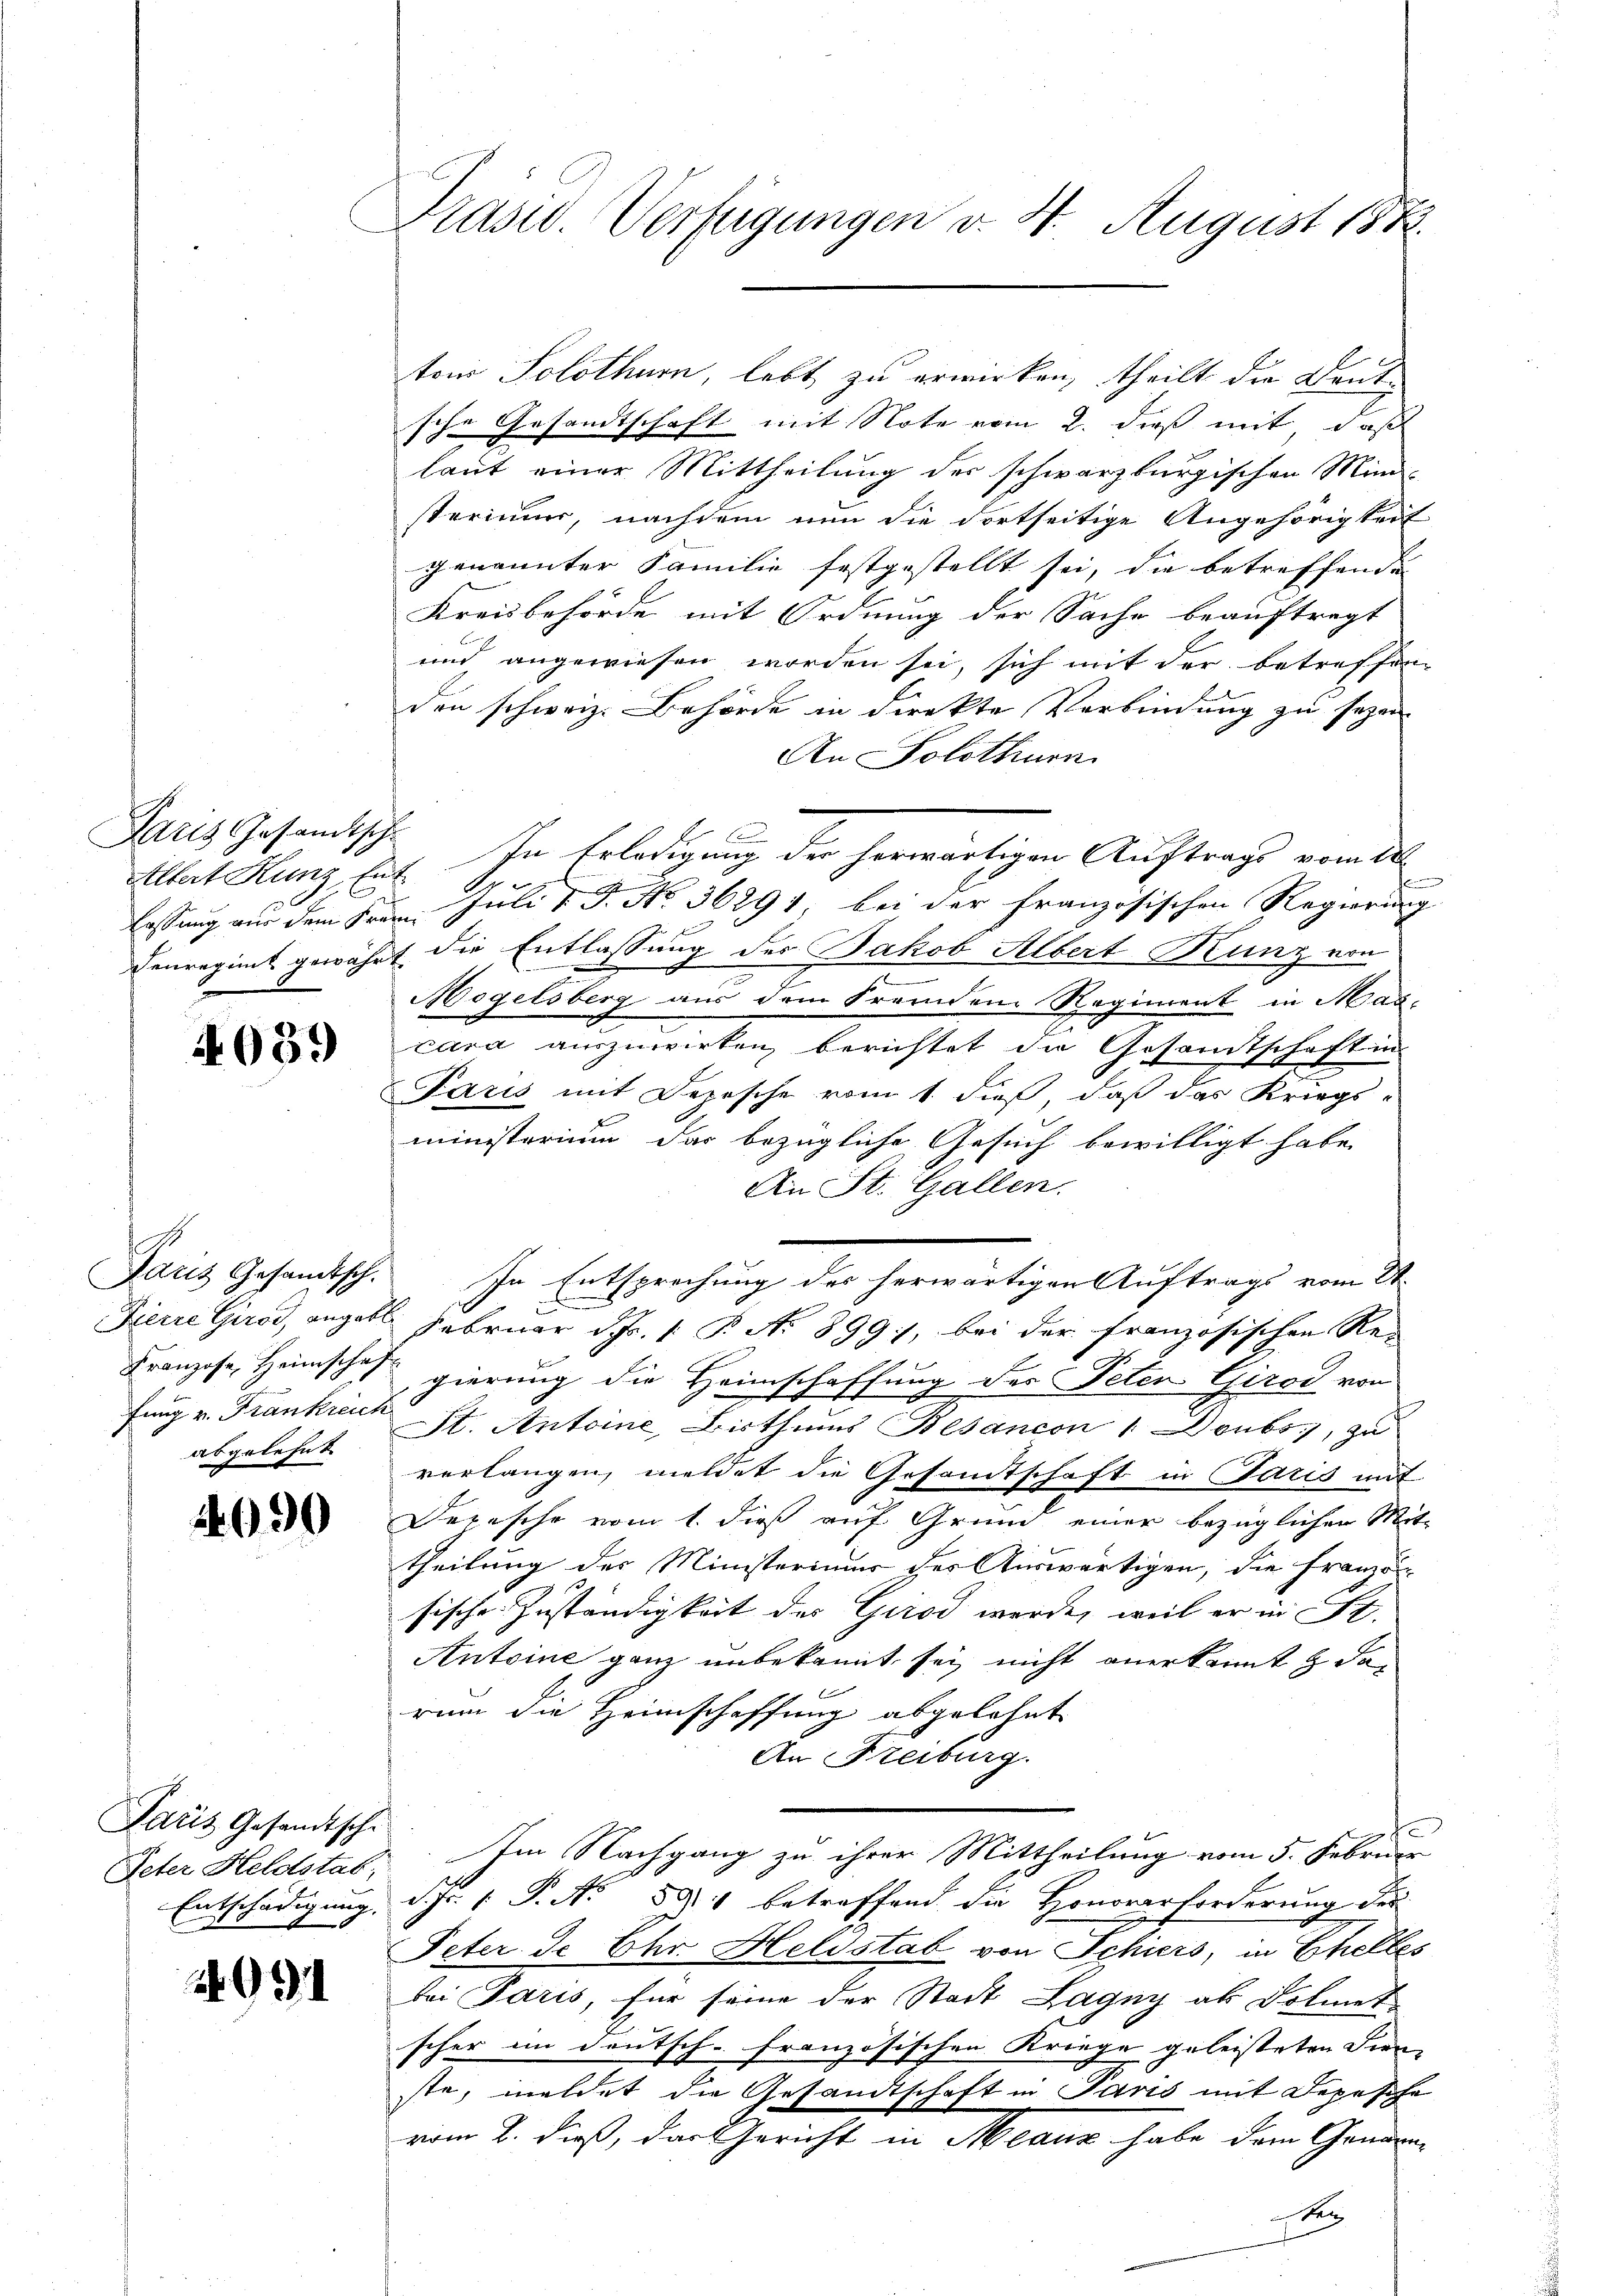
Paris Gesandtsche

4089

1
fung v. Frankreich

1090

Paris Gesandtsche

2091

Präsid. Verfügungen v. 4. August 1882.

sche Gesandtschaft mit Note vom 2. dieß mit, daß
laut einer Mittheilung der schwarzburgischen Ministerium, nachdem nun die dortseitige Angehörigkeit
genannter Familie festgestellt sei, die betreffende
Kreisbehörde mit Ordnung der Sache beauftragt
und angewiesen worden sei, sich mit der betreffen
den schweiz. Behörde in direkte Verbindung zu sezen-
An Solothurn
Altat Hunz Eut. In Erledigung der herwärtigen Auftrags vom 20.
lassung aus dem Frau Juli v. J. No 36294 bei der französischen Regierung
denregimt gewährt die Entlassung der Jakob Albert Kunz von
2
Mogelsberg aus dem Fremden Regiment in Mascara auszuwirken, berichtet die Gesamtschaftung
Paris mit Depesche vom 1. dieß, daß das Kriegs-
ministerium das bezügliche Gesuch bewilligt habe.
Ain St. Gallen.
Aaris Gesandtsch. In Entsprechung des herwärtigen Auftrags vom 21.

Dierre Girod, anget. Februar d. Fr. 1 P. No 899, bei der französischen Re¬
Franzose, Heimschaft gierung die Heimschaffung der Peten Girod von
abgelehnt St. Antoine, Bisthums Besancon 1 Doubs, zu
verlangen, meldet die Gesandtschaft in Paris mit
Depesche vom 1. dieß auf Grund einer bezüglichen Mit-
theilung des Ministerimum der Auswärtigen, die Franzo
sische Zuständigkeit des Girod werde, weil er in St.
Antoine ganz unbekannt sei nicht anerkannt & dan
rum die Heimschaffung abgelehnt
An Freiburg.
Peter Heldstab. Im Nachgang zu ihrer Mittheilung vom 5. Februar
2
Entschädigung, d. Js. s. S. Nr. 391 betreffend die Honorarforderung der
Peter de Ehr Heldstab von Schiers, in Ehelles
bei Paris, für seine der Stadt Lagny als Dolmet
scher im Deutsch-Französischen Kriege geleisteten Dien
ste, meldet die Gesandtschaft in Paris mit Depesche
vom 8. dieß, das Gericht in Maur habe dem Gemdene

tons Solothur, lebt zu erwirken, theilt die Denke

s